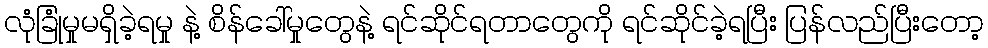
လုံခြုံမှုမရှိခဲ့ရမှု နဲ့ စိန်ခေါ်မှုတွေနဲ့ ရင်ဆိုင်ရတာတွေကို ရင်ဆိုင်ခဲ့ရပြီး ပြန်လည်ပြီးတော့